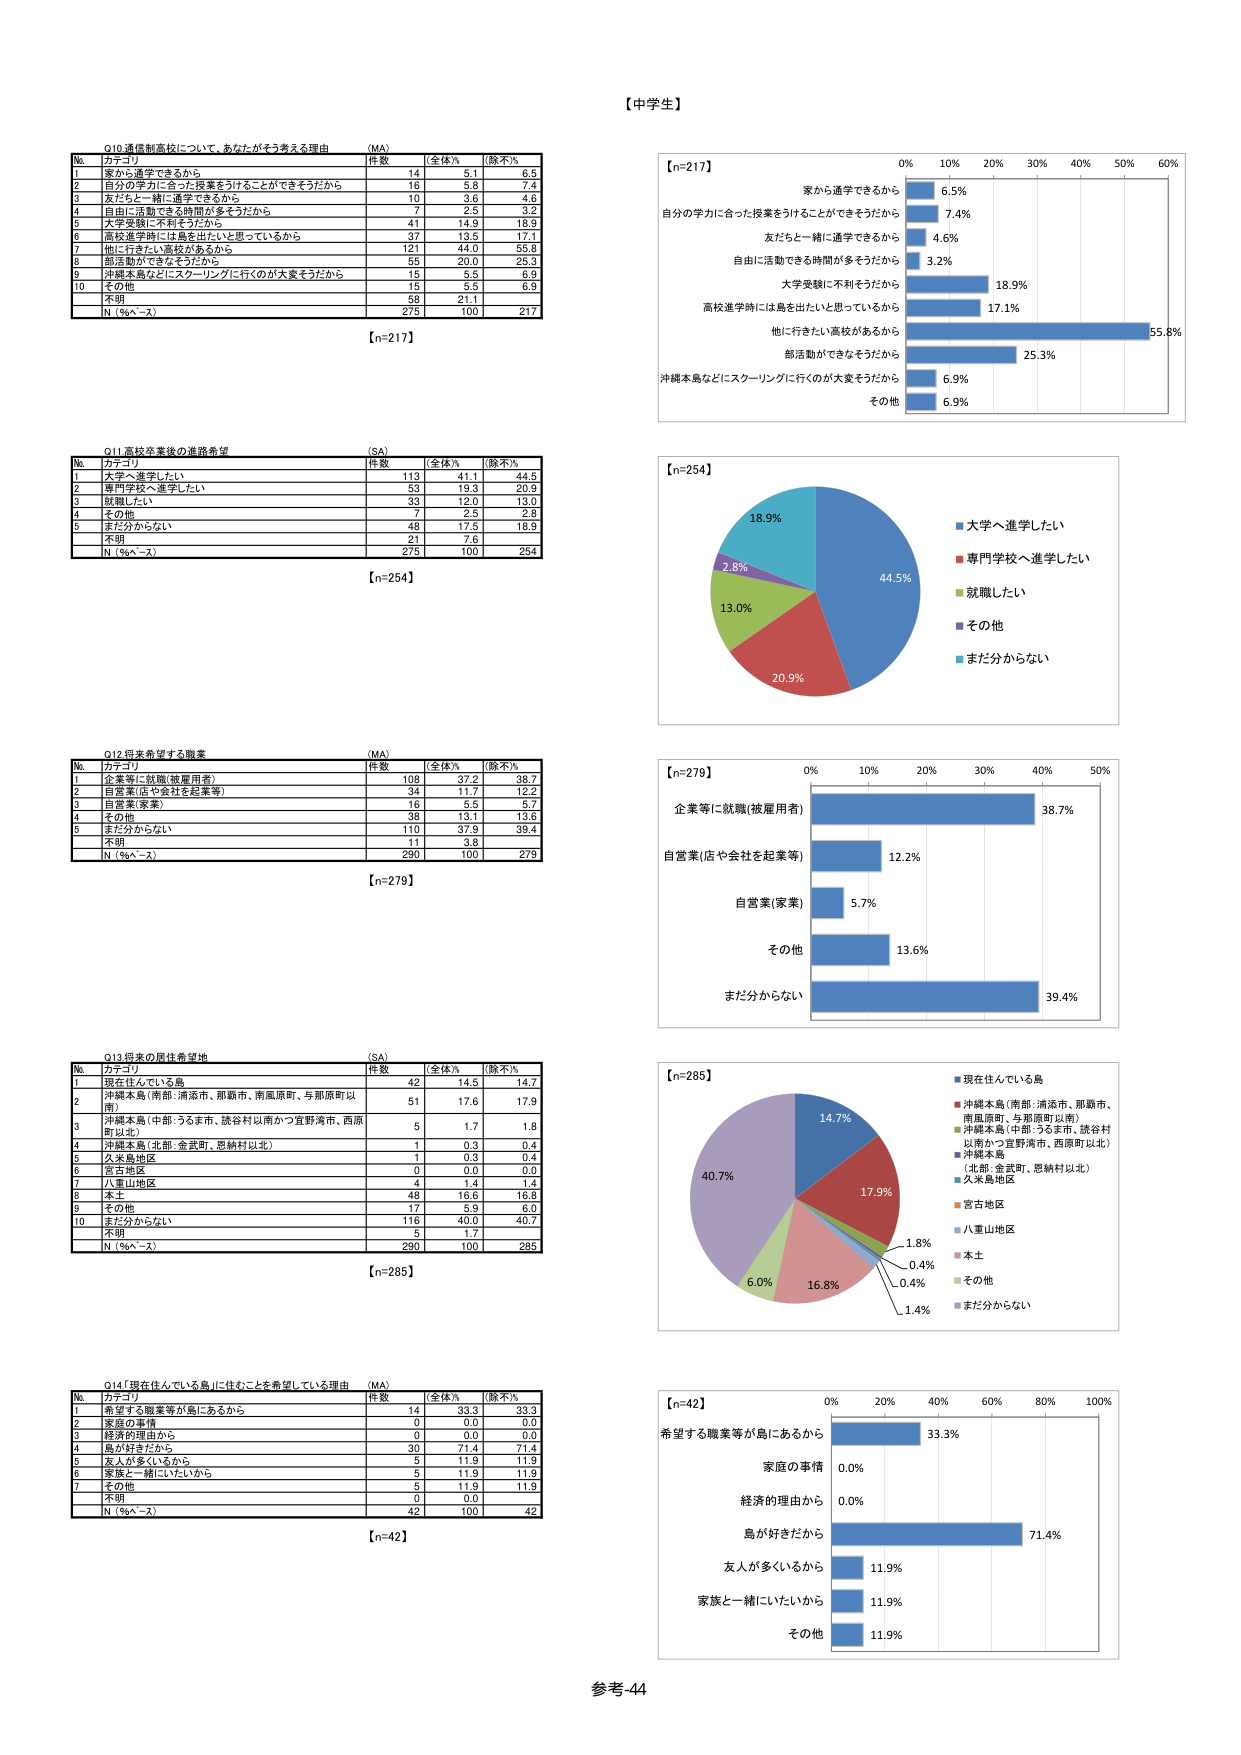
【中学生】

Q10 通信制高校について、あなたがそう考える理由 （MA）
№ カテゴリ 件数 [全体%] [除不%]
1 家から通学できるから 14 5.1 6.5
2 自分の学力に合った授業をうけることができるそうだから 16 5.8 7.4
3 友だちと一緒に通学できるから 10 3.6 4.6
4 自由に活動できる時間が多そうだから 7 2.5 3.2
5 大学受験に不利そうだから 41 14.9 18.9
6 高校進学時には島を出たいと思っているから 37 13.5 17.1
7 他に行きたい高校があるから 121 44.0 55.8
8 部活動ができそうだから 55 20.0 25.3
9 沖縄本島などにスクーリングに行くのが大変そうだから 15 5.5 6.9
10 その他 15 5.5 6.9
不明 58 21.1
N（%〜~） 275 100 217
【n=217】

Q11 高校卒業後の進路希望 （SA）
№ カテゴリ 件数 [全体%] [除不%]
1 大学へ進学したい 113 41.1 44.5
2 専門学校へ進学したい 53 19.3 20.9
3 就職したい 33 12.0 13.0
4 その他 7 2.5 2.8
5 まだ分からない 48 17.5 18.9
不明 21 7.6
N（%〜~） 275 100 254
【n=254】

Q12 将来希望する職業 （MA）
№ カテゴリ 件数 [全体%] [除不%]
1 企業等に就職(被雇用者) 108 37.2 38.7
2 自営業(店や会社を起業等) 34 11.7 12.2
3 自営業(家業) 16 5.5 5.7
4 その他 38 13.1 13.6
5 まだ分からない 110 37.9 38.4
不明 11 3.8
N（%〜~） 290 100 279
【n=279】

Q13 将来の居住希望地 （SA）
№ カテゴリ 件数 [全体%] [除不%]
1 現在住んでいる島 42 14.5 14.7
2 沖縄本島（南部：浦添市、那覇市、南風原町、与那原町以南） 51 17.6 17.9
3 沖縄本島（中部：うるま市、読谷村以南かつ宜野湾市、西原町以北） 5 1.7 1.8
4 沖縄本島（北部：金武町、恩納村以北） 1 0.3 0.4
5 久米島地区 1 0.3 0.4
6 宮古地区 0 0.0 0.0
7 八重山地区 4 1.4 1.4
8 本土 48 16.6 16.8
9 その他 17 5.9 6.0
10 まだ分からない 116 40.0 40.7
不明 5 1.7
N（%〜~） 290 100 285
【n=285】

Q14「現在住んでいる島」に住むことを希望している理由 （MA）
№ カテゴリ 件数 [全体%] [除不%]
1 希望する職業等が島にあるから 14 33.3 33.3
2 家庭の事情 0 0.0 0.0
3 経済的理由から 0 0.0 0.0
4 島が好きだから 30 71.4 71.4
5 友人が多くいるから 5 11.9 11.9
6 家族と一緒にいたいから 5 11.9 11.9
7 その他 5 11.9 11.9
不明 0 0.0
N（%〜~） 42 100 42
【n=42】

【n=217】
0% 10% 20% 30% 40% 50% 60%
家から通学できるから 6.5%
自分の学力に合った授業をうけることができるそうだから 7.4%
友だちと一緒に通学できるから 4.6%
自由に活動できる時間が多そうだから 3.2%
大学受験に不利そうだから 18.9%
高校進学時には島を出たいと思っているから 17.1%
他に行きたい高校があるから 55.8%
部活動ができそうだから 25.3%
沖縄本島などにスクーリングに行くのが大変そうだから 6.9%
その他 6.9%

【n=254】
44.5%
18.9%
2.8%
13.0%
20.9%
大学へ進学したい
専門学校へ進学したい
就職したい
その他
まだ分からない

【n=279】
0% 10% 20% 30% 40% 50%
企業等に就職(被雇用者) 38.7%
自営業(店や会社を起業等) 12.2%
自営業(家業) 5.7%
その他 13.6%
まだ分からない 39.4%

【n=285】
40.7%
6.0%
16.8%
0.4%
1.4%
0.4%
1.8%
17.9%
14.7%
現在住んでいる島
沖縄本島（南部：浦添市、那覇市、南風原町、与那原町以南）
沖縄本島（中部：うるま市、読谷村以南かつ宜野湾市、西原町以北）
沖縄本島（北部：金武町、恩納村以北）
久米島地区
宮古地区
八重山地区
本土
その他
まだ分からない

【n=42】
0% 20% 40% 60% 80% 100%
希望する職業等が島にあるから 33.3%
家庭の事情 0.0%
経済的理由から 0.0%
島が好きだから 71.4%
友人が多くいるから 11.9%
家族と一緒にいたいから 11.9%
その他 11.9%

参考-44